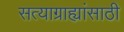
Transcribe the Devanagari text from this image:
सत्याग्राह्यांसाठी